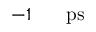
- 1 \ensuremath { \mathrm { ~ \textrm ~ { ~ \, ~ } ~ } } \ensuremath { \mathrm { p s } }